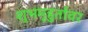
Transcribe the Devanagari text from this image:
शुभमूहुर्तावर